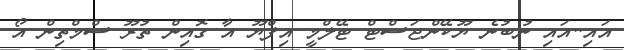
އައި..އައި ނުބުނެ ޔޫކޭންޖަސްޓް ޓޭލްމީ އިފްޔޫ އާ ގޮއިން ތުރޫ ސްމްތިން އޯ